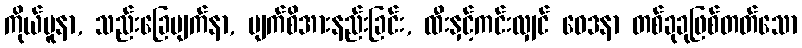
ကိုယ်ပူနာ, သည်းခြေပျက်နာ, မျက်စိအားနည်းခြင်း, ထီးနှင့်ကင်းလျှင် ဝေဒနာ တစ်ခုခုဖြစ်တတ်သော